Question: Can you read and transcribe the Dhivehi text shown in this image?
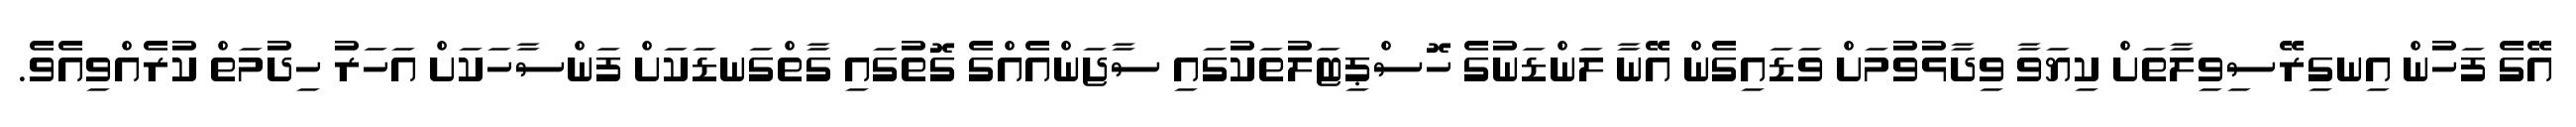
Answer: އޭގެ ފަހުން އިނގިރޭސިވިލާތަށް ކިޔަވާ ވިދާޅުވުމަށް ވަޑައިގެން އޭނާ ލަންޑަނުގެ ހޮސްޕިޓަލުތަކުގައި ސާޖަންއެއްގެ ގޮތުގައި ގާތްގަނޑަކަށް ފަންސާހަކަށް އަހަރު ހިދުމަތް ކުރެއްވިއެވެ.